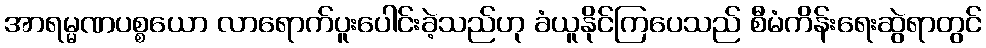
အာရမ္မဏပစ္စယော လာရောက်ပူးပေါင်းခဲ့သည်ဟု ခံယူနိုင်ကြပေသည် စီမံကိန်းရေးဆွဲရာတွင်